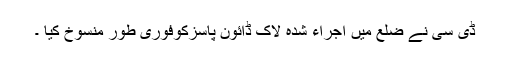
ڈی سی نے ضلع میں اجراء شدہ لاک ڈائون پاسزکوفوری طور منسوخ کیا ۔